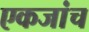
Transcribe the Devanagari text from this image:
एकजांच